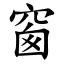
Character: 窗